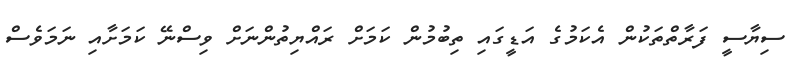
ސިޔާސީ ފަރާތްތަކުން އެކަމުގެ އަޑީގައި ތިބުމުން ކަމަށް ރައްޔިތުންނަށް ވިސްނޭ ކަމަށާއި ނަމަވެސް